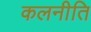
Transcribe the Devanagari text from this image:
कलनीति